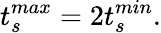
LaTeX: t_{s}^{max}=2t_{s}^{min}.